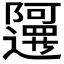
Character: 𲉤